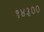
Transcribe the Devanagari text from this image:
१४३००